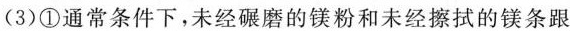
(3)①通常条件下，未经碾磨的镁粉和未经擦拭的镁条跟